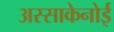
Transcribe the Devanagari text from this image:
अस्साकेनोई